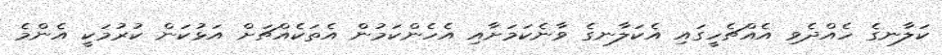
ކަލާނގެ ހެއްދެވި އެއްޗެހީގައި އެކަލާނގެ ވާނެކަމަށާއި އެހެންކަމުން އެތަކެއްޗަށް އަޅުކަން ކުރުމަކީ އެންމެ